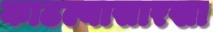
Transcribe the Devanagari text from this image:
काढल्यासारखा